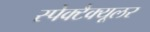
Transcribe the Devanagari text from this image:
स्पेक्टैक्यूलर